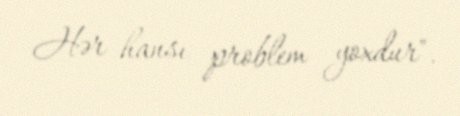
Hər hansı problem yoxdur".